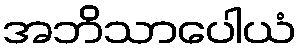
အဘိသာပေါယံ